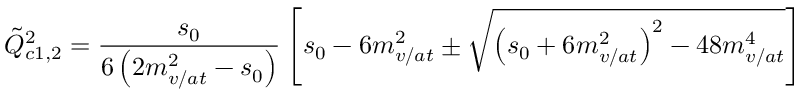
\tilde { Q } _ { c 1 , 2 } ^ { 2 } = \frac { s _ { 0 } } { 6 \left( 2 m _ { v / a t } ^ { 2 } - s _ { 0 } \right) } \left[ s _ { 0 } - 6 m _ { v / a t } ^ { 2 } \pm \sqrt { \left( s _ { 0 } + 6 m _ { v / a t } ^ { 2 } \right) ^ { 2 } - 4 8 m _ { v / a t } ^ { 4 } } \right]